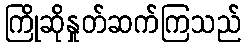
ကြိုဆိုနှုတ်ဆက်ကြသည်